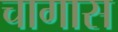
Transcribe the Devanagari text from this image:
चागास